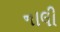
નાલી